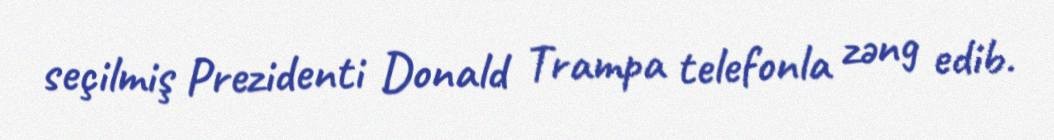
seçilmiş Prezidenti Donald Trampa telefonla zəng edib.